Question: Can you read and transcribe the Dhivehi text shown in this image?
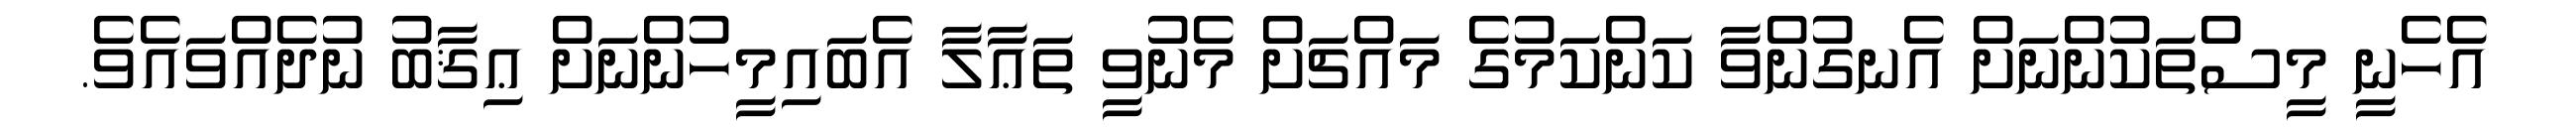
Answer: އެހެނީ މީސްތަކުންނަށް އެނގުންވާ ކަންކަމުގެ މައްޗަށް މެނުވީ ތަޢާލާ އެބައިމީހުންނަށް ޢިޤާބު ނުދެއްވައެވެ.